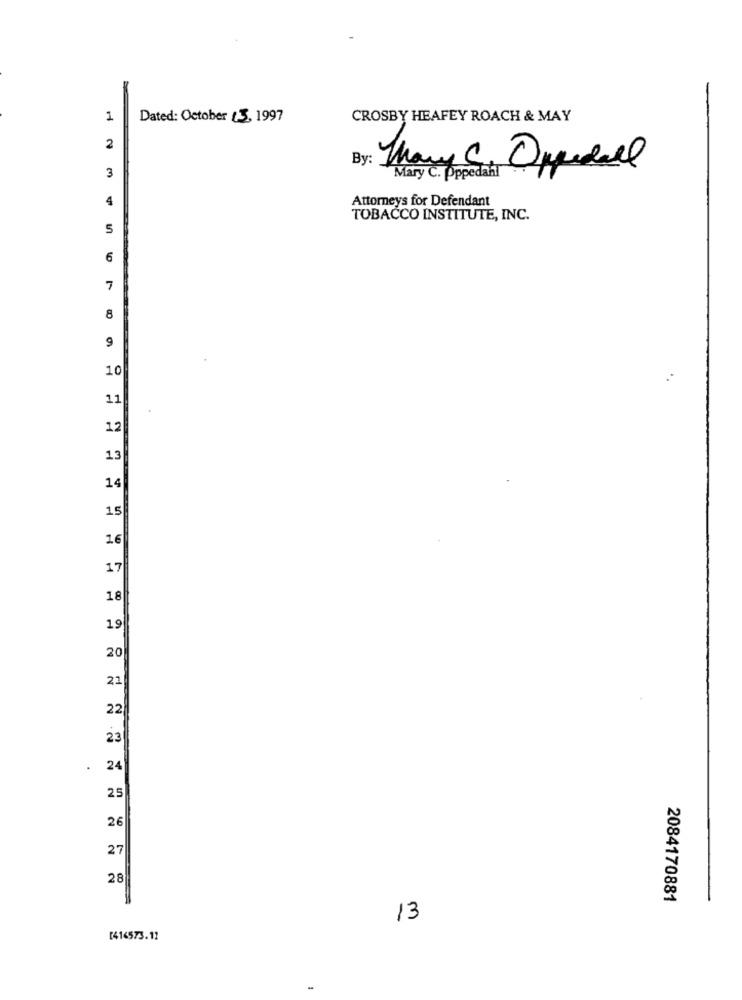
1
Dated: October (3, 1997
CROSBY HEAFEY ROACH & MAY
2
Many C. Oppedal
3
Mary C. PppedahT
4
Attorneys for Defendant
TOBACCO INSTITUTE, INC.
5
6
7
8
9
10
11
12
13
14
15
16
17
18
19
20
21
22
23
.
24
25
26
27
28
2084170881
13
[416573.12